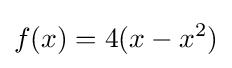
f(x)=4(x-x^{2})